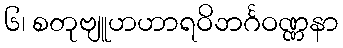
၆၊ စတုဗျူဟဟာရဝိဘင်္ဂဝဏ္ဏနာ